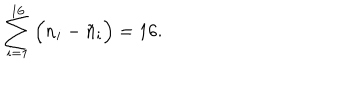
\sum _ { i = 1 } ^ { 1 6 } \Big ( n _ { i } - \tilde { n } _ { i } \Big ) = 1 6 .